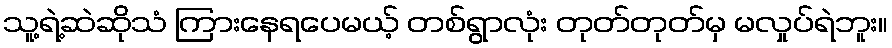
သူ့ရဲ့ဆဲဆိုသံ ကြားနေရပေမယ့် တစ်ရွာလုံး တုတ်တုတ်မှ မလှုပ်ရဲဘူး။